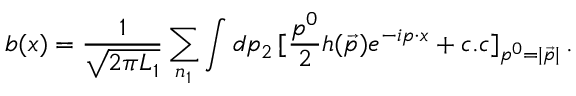
b ( x ) = { \frac { 1 } { \sqrt { 2 \pi L _ { 1 } } } } \sum _ { n _ { 1 } } \int d p _ { 2 } \, [ { \frac { p ^ { 0 } } { 2 } } h ( \vec { p } ) e ^ { - i p \cdot x } + c . c ] _ { p ^ { 0 } = | \vec { p } | } \, .